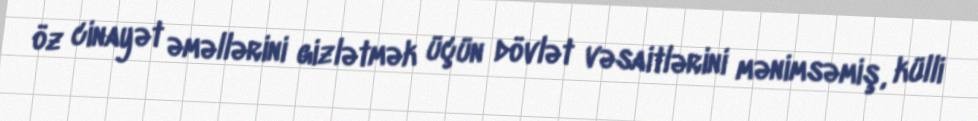
öz cinayət əməllərini gizlətmək üçün dövlət vəsaitlərini mənimsəmiş, külli